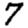
Digit: 7